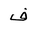
Letter: _fa